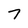
Character: 7